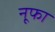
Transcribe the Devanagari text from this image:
नूफा